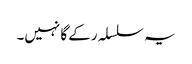
یہ سلسلہ رکے گا نہیں۔